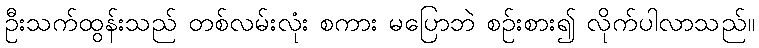
ဦးသက်ထွန်းသည် တစ်လမ်းလုံး စကား မပြောဘဲ စဉ်းစား၍ လိုက်ပါလာသည်။